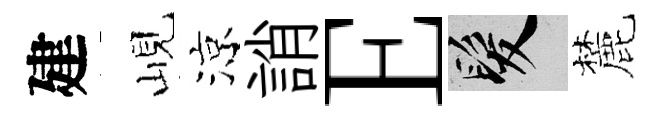
建峴涼誚E髮麓